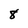
Character: 8